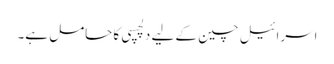
اسرائیل چین کے لیے دلچسپی کا حامل ہے۔